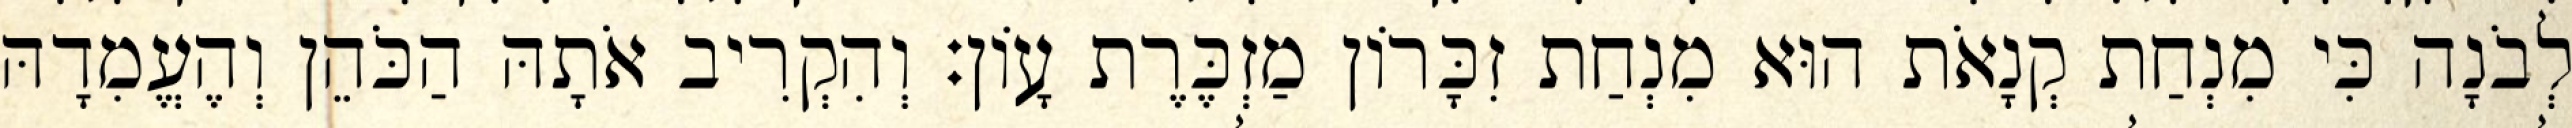
לְבֹנָה כִּי מִנְחַת קְנָאֹת הוּא מִנְחַת זִכָּרוֹן מַזְכֶּרֶת עָוֹן׃ וְהִקְרִיב אֹתָהּ הַכֹּהֵן וְהֶעֱמִדָהּ